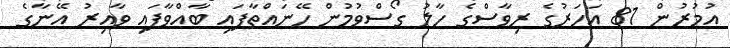
އުމުުރުން 81 އަހަރުގެ ރިވާސްގެ ހާލު ގޯސްވުމުން ހޭނައްތާފައި ބާއްވާފައި ވާއިރު އޭނާގެ